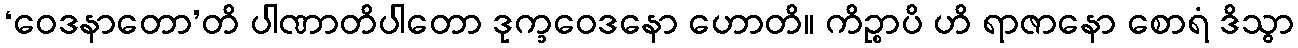
‘ဝေဒနာတော’တိ ပါဏာတိပါတော ဒုက္ခဝေဒနော ဟောတိ။ ကိဉ္စာပိ ဟိ ရာဇာနော စောရံ ဒိသွာ